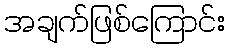
အချက်ဖြစ်ကြောင်း